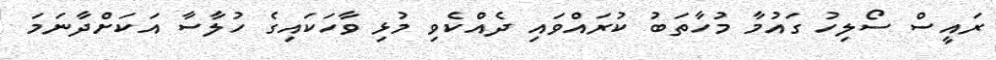
ރައީސް ސޯލިހު ގައުމާ މުހާތަބު ކުރައްވައި ދެއްކެވި މުޅި ވާހަކައިގެ ހުލާސާ އަކަށްދާނަމަ